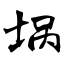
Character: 埚